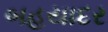
બહયાદર